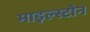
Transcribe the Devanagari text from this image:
माइल्स्टोन